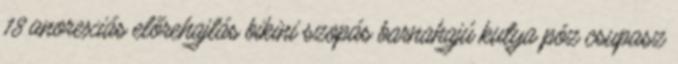
18 anorexiás előrehajlás bikini szopás barnahajú kutya póz csupasz